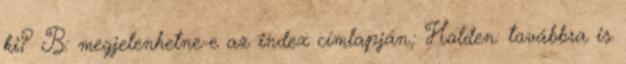
ki? B: megjelenhetne-e az index címlapján.: Holden: továbbra is